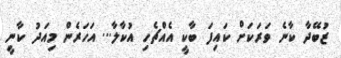
ޒުބޭދާ ކާނެ ވަރަކަށް ކައިފަ ބާކީ އެއްޗެހި އުކާލާ... އަހަރެން މިއަދު ކާނީ